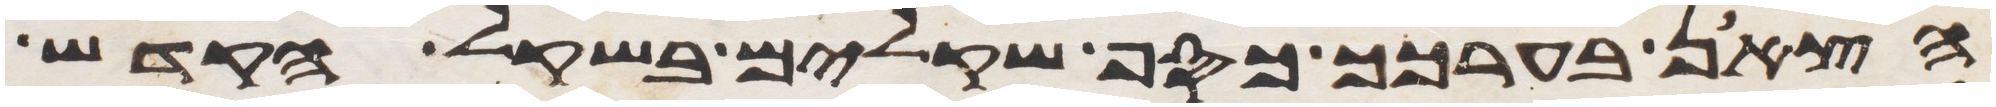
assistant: הצאן בערכך כסף שקלים בשקל הקדש